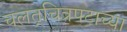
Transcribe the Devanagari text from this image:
चलत्‌चित्रपटाच्या